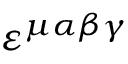
\varepsilon ^ { \mu \alpha \beta \gamma }